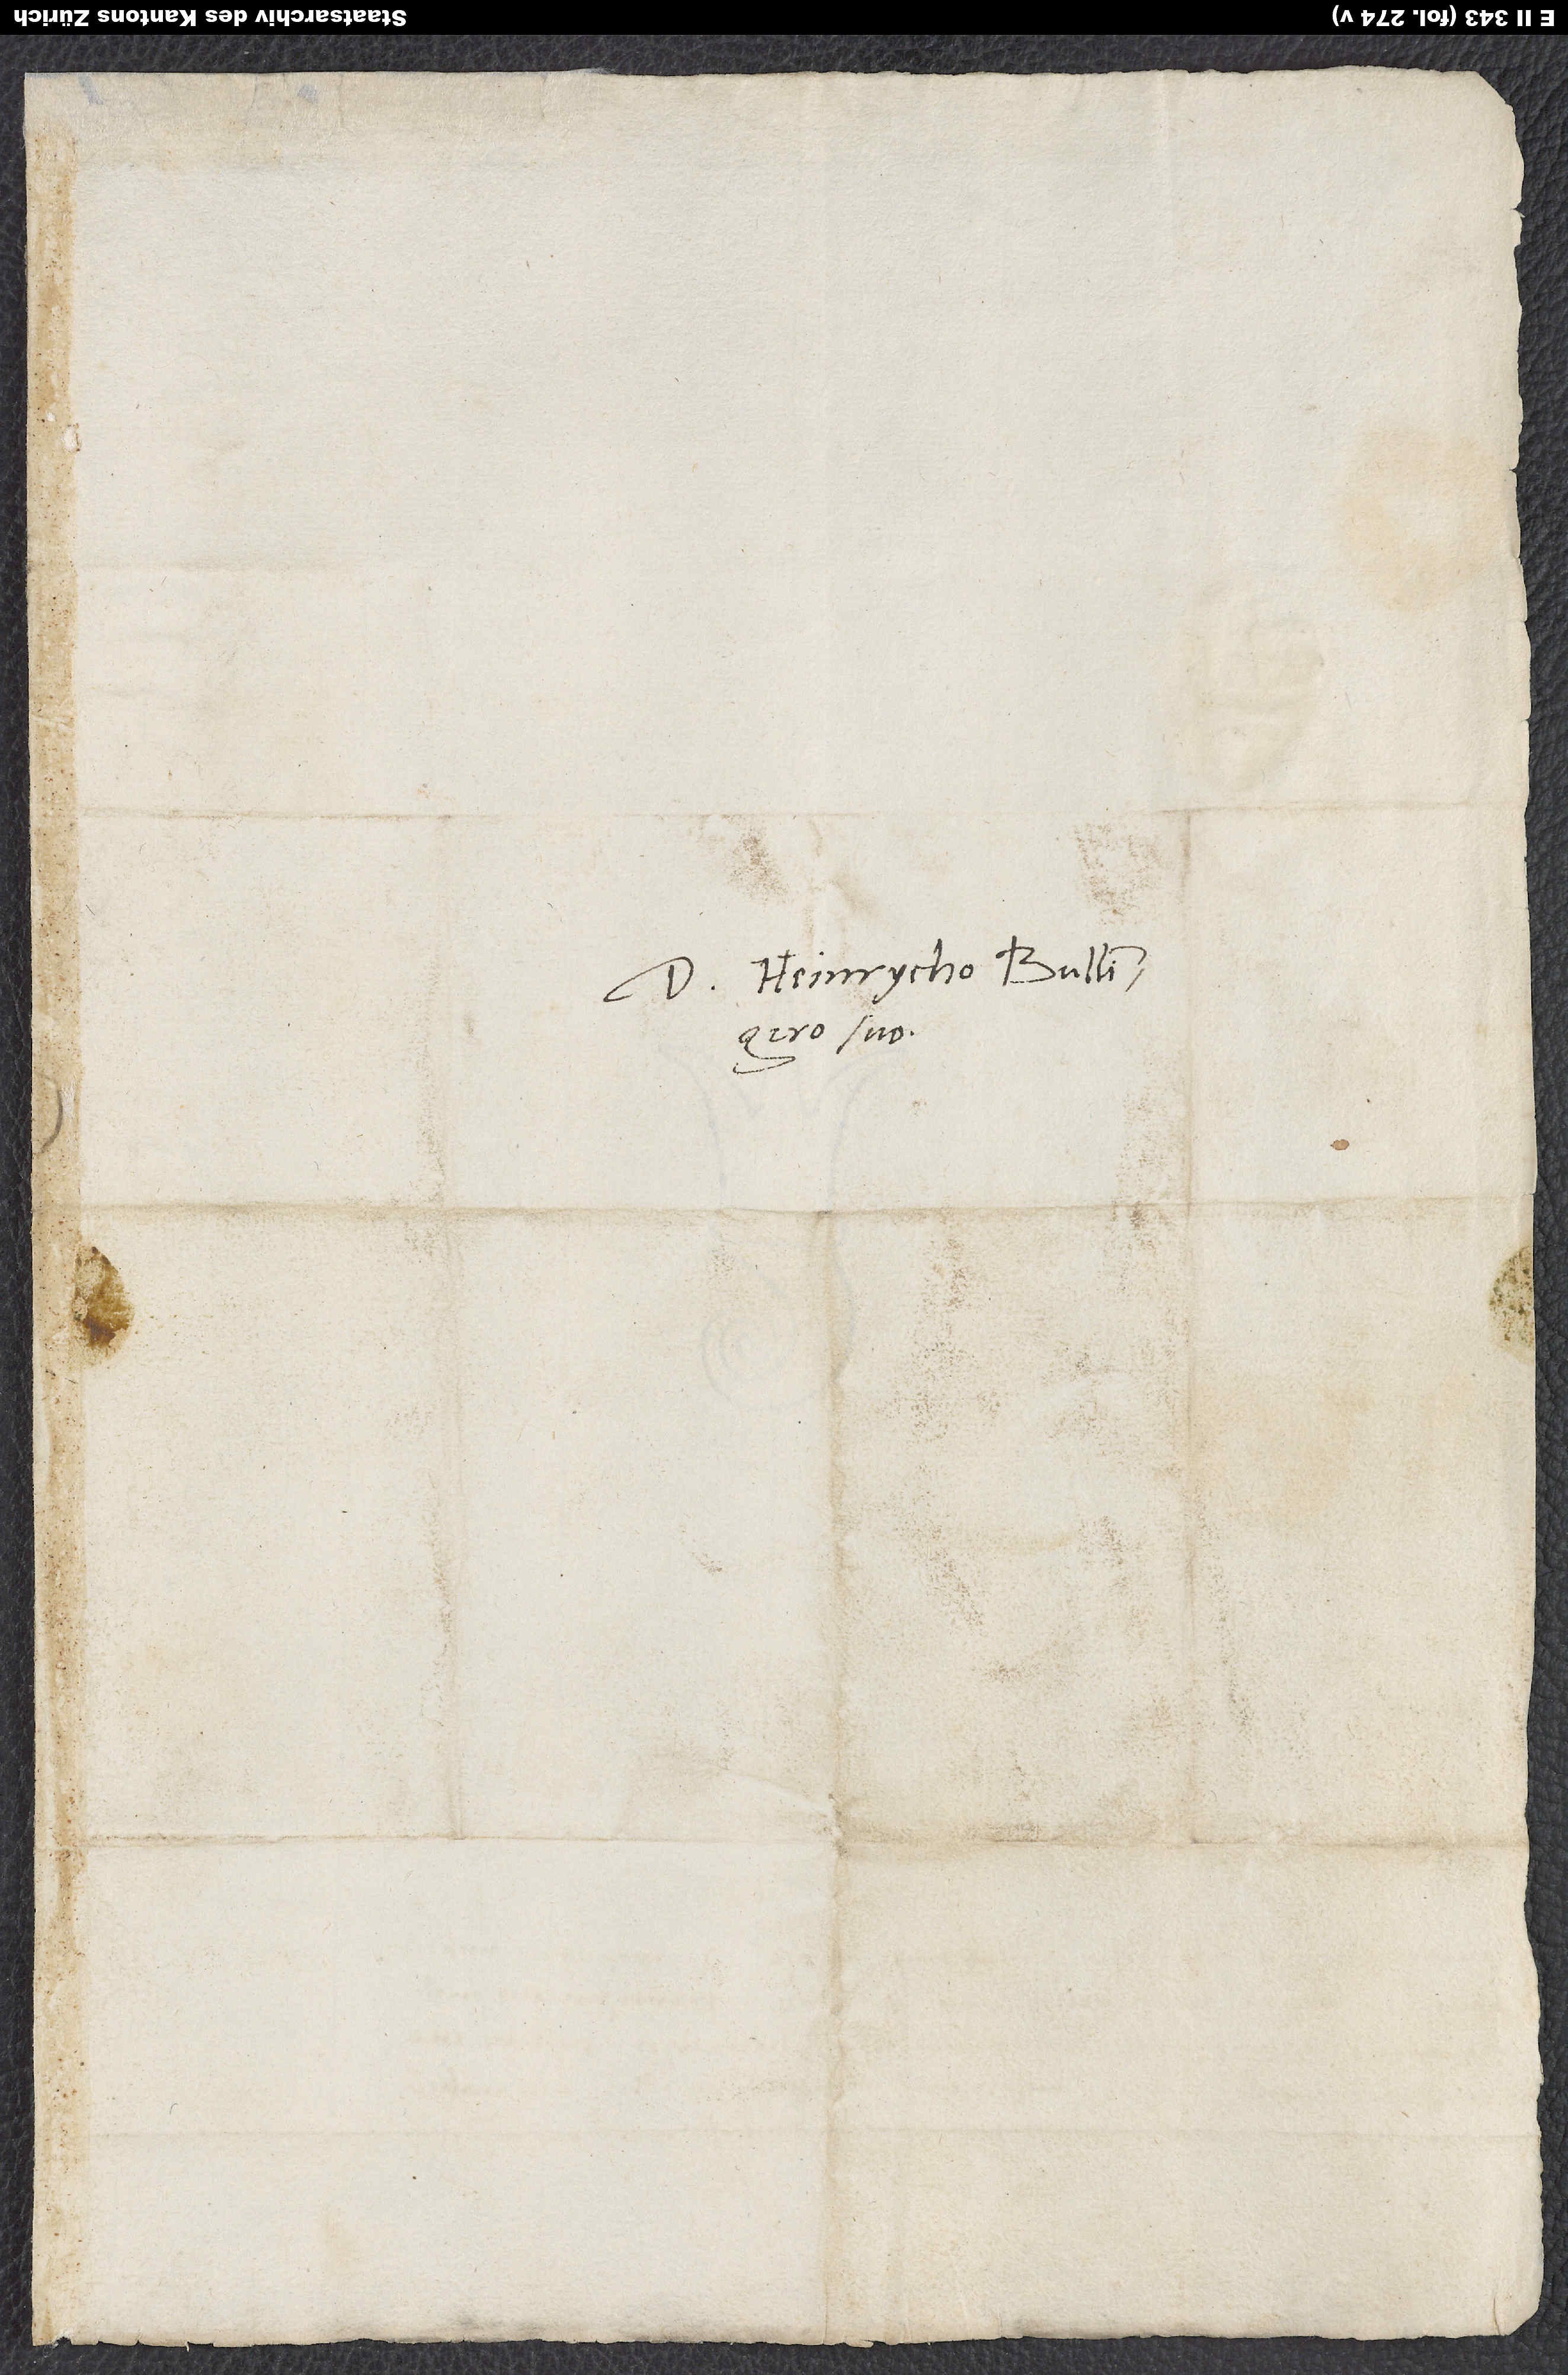
D. Heinrycho Bullingero
suo.